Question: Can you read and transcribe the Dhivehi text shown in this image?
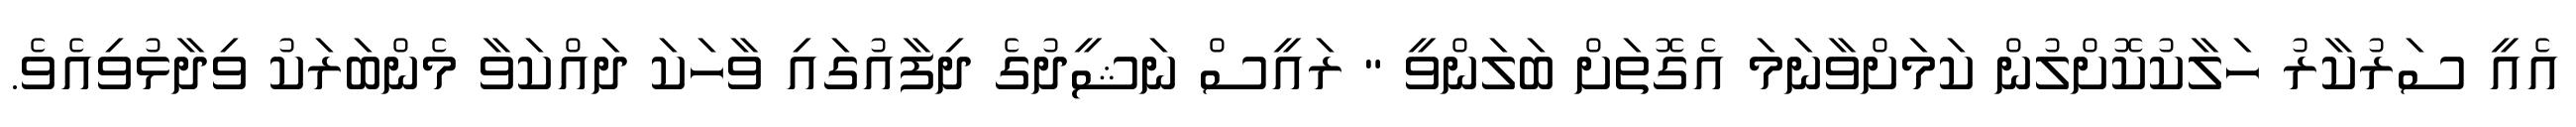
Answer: އެއީ ސަރުކާރު ހަލާކުކޮށްލުން ކަމަށްވާނަމަ އެގޮތަށް ބަލަންވީ " ރައީސް ނަޝީދުގެ ދިފާއުގައި ވާހަކަ ދައްކަވާ މެންބަރަކު ވިދާޅުވިއެވެ.